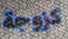
كزوجة